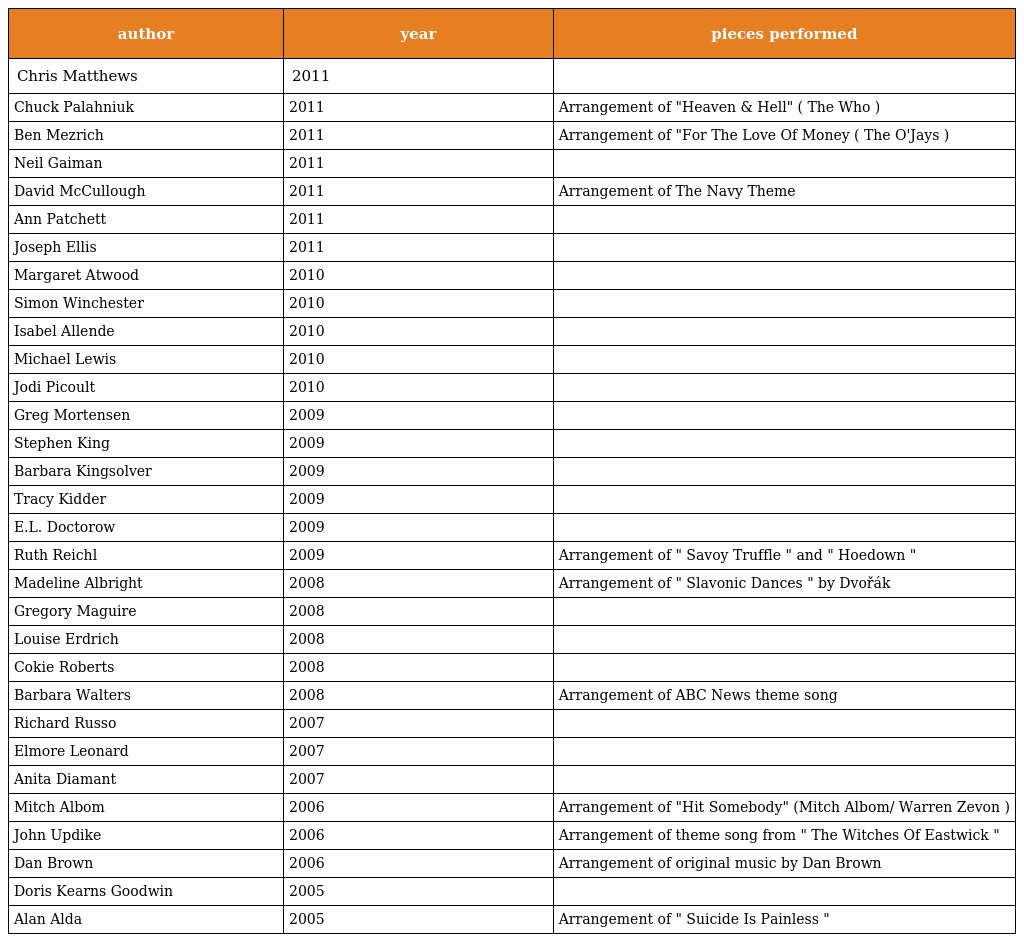
| author | year | pieces performed |
 | --- | --- | --- |
 | Chris Matthews | 2011 |  |
 | Chuck Palahniuk | 2011 | Arrangement of "Heaven & Hell" ( The Who ) |
 | Ben Mezrich | 2011 | Arrangement of "For The Love Of Money ( The O'Jays ) |
 | Neil Gaiman | 2011 |  |
 | David McCullough | 2011 | Arrangement of The Navy Theme |
 | Ann Patchett | 2011 |  |
 | Joseph Ellis | 2011 |  |
 | Margaret Atwood | 2010 |  |
 | Simon Winchester | 2010 |  |
 | Isabel Allende | 2010 |  |
 | Michael Lewis | 2010 |  |
 | Jodi Picoult | 2010 |  |
 | Greg Mortensen | 2009 |  |
 | Stephen King | 2009 |  |
 | Barbara Kingsolver | 2009 |  |
 | Tracy Kidder | 2009 |  |
 | E.L. Doctorow | 2009 |  |
 | Ruth Reichl | 2009 | Arrangement of " Savoy Truffle " and " Hoedown " |
 | Madeline Albright | 2008 | Arrangement of " Slavonic Dances " by Dvořák |
 | Gregory Maguire | 2008 |  |
 | Louise Erdrich | 2008 |  |
 | Cokie Roberts | 2008 |  |
 | Barbara Walters | 2008 | Arrangement of ABC News theme song |
 | Richard Russo | 2007 |  |
 | Elmore Leonard | 2007 |  |
 | Anita Diamant | 2007 |  |
 | Mitch Albom | 2006 | Arrangement of "Hit Somebody" (Mitch Albom/ Warren Zevon ) |
 | John Updike | 2006 | Arrangement of theme song from " The Witches Of Eastwick " |
 | Dan Brown | 2006 | Arrangement of original music by Dan Brown |
 | Doris Kearns Goodwin | 2005 |  |
 | Alan Alda | 2005 | Arrangement of " Suicide Is Painless " |